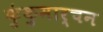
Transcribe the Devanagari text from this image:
कुंकुमार्चन